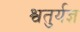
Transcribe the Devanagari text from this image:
श्वतुर्यज्ञ